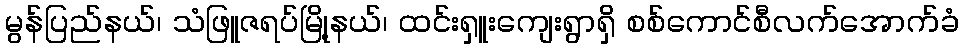
မွန်ပြည်နယ်၊ သံဖြူဇရပ်မြို့နယ်၊ ထင်းရှူးကျေးရွာရှိ စစ်ကောင်စီလက်အောက်ခံ